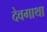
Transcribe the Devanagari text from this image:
देवगाथा